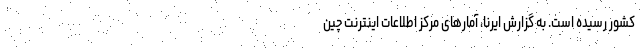
کشور رسیده است. به گزارش ایرنا، آمارهای مرکز اطلاعات اینترنت چین